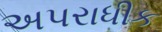
અપરાધીક